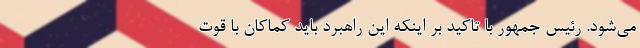
می‌شود. رئیس جمهور با تاکید بر اینکه این راهبرد باید کماکان با قوت